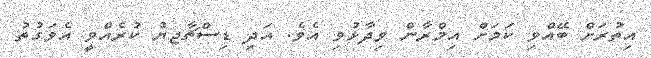
އިތުރަށް ބޭއްވި ކަމަށް އިމްރާން ވިދާޅުވި އެވެ. އަދި ޑިސްޗާޖޔު ކުރެއްވީ އެވަގުތު